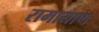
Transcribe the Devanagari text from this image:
रामायाण